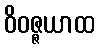
ဝိဝဇ္ဇယာထ